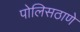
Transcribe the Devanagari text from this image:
पोलिसठाणे